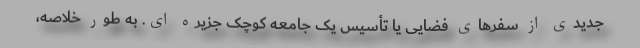
جدیدی از سفرهای فضایی یا تأسیس یک جامعه کوچک جزیره ای. به طور خلاصه،